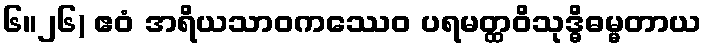
၆။၂၆) ဧဝံ အရိယသာဝကဿေဝ ပရမတ္ထဝိသုဒ္ဓိဓမ္မတာယ